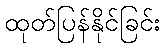
ထုတ်ပြန်နိုင်ခြင်း